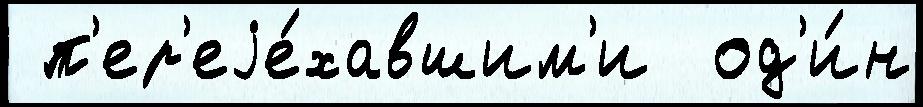
 п'ер'еjе́хавшим'и  од'и́н